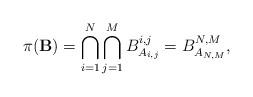
LaTeX: \begin{align*}\pi(\mathbf{B}) = \bigcap_{i = 1}^N \bigcap_{j = 1}^M B^{i, j}_{A_{i, j}} = B^{N, M}_{A_{N, M}},\end{align*}